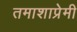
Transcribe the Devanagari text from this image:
तमाशाप्रेमी